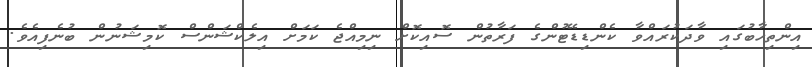
އިންތިހާބުގައި ވާދަކުރައްވާ ކެންޑިޑޭޓުންގެ ފަރާތުން ސޮއިކޮށް ނިމިއްޖެ ކަމަށް އިލެކްޝަންސް ކޮމިޝަނުން ބުނެފިއެވެ.